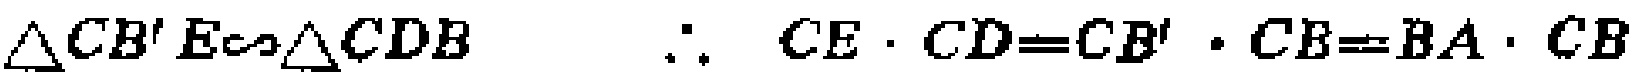
$\triangle CB'E\sim\triangle CDB\ \ \ \ \therefore\ CE\cdot CD = CB'\cdot CB=BA\cdot CB$